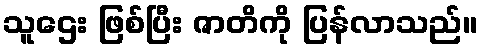
သူဌေး ဖြစ်ပြီး ဇာတိကို ပြန်လာသည်။